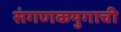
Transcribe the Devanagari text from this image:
संगणकयुगाची